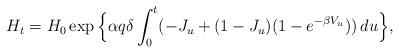
LaTeX: \begin{align*}H_t=H_0\exp\Big\{\alpha q\delta\int_0^t (-J_u+(1-J_u)(1-e^{-\beta V_u}))\,du\Big\},\end{align*}